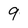
Character: 9